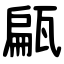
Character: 甂